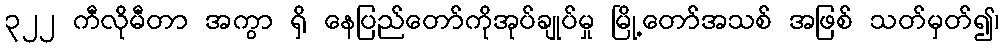
၃၂၂ ကီလိုမီတာ အကွာ ရှိ နေပြည်တော်ကိုအုပ်ချုပ်မှု မြို့တော်အသစ် အဖြစ် သတ်မှတ်၍၊